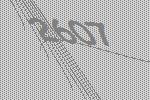
2607